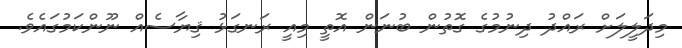
މިދަލީލަށް ރައްދު ދިނުމުގެ ގޮތުން ބުނަން އޮތީ މިއީ ރަނގަޅު ޤިޔާސެއް ނޫންކަމުގައެވެ.